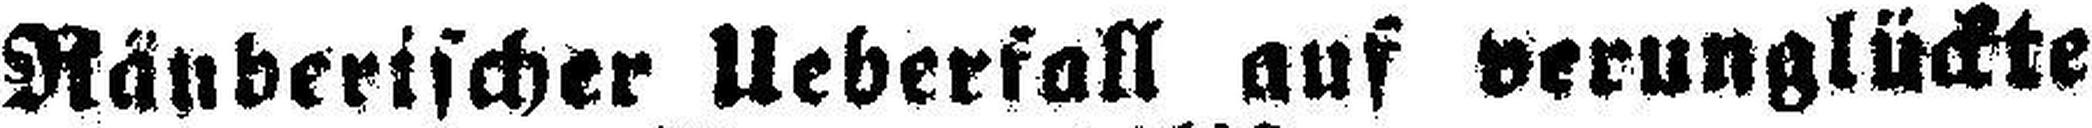
Räuberischer Ueberfall auf verunglückte